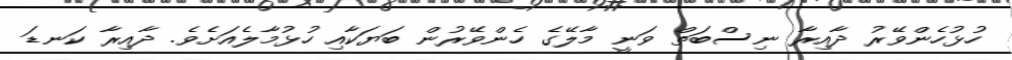
ހުޅުހެންވޭރު ދާއިރާ ނިސްބަތް ވަނީ މާލޭގެ ހެންވޭރުން ބަޔަކާއި ހުޅުމާލެއަށެވެ. ދާއިރާ ކަނޑަ